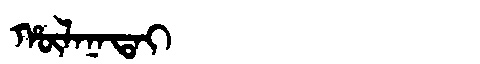
Manchu: ᡥᡡᠯᠠᠨᠠᡨᠠᡳ
Romanization: HŪLANATAI